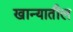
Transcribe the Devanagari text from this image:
खान्यातील